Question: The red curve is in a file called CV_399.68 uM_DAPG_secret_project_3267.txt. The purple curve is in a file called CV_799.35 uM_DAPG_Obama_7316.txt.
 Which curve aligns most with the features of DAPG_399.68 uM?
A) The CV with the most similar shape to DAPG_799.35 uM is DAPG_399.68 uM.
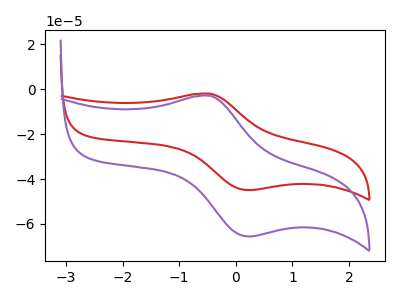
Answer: <think>The red curve "DAPG_399.68 uM" has an anodic peak at (-0.45V, -2.00uA) and a cathodic peak at (0.25V, -44.95uA). The purple curve "DAPG_799.35 uM" has an anodic peak at (-0.45V, -2.90uA) and a cathodic peak at (0.25V, -65.55uA).
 All the peaks in "DAPG_399.68 uM" have a peak in "DAPG_799.35 uM" at the same potential.</think>
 <answer>A) The CV with the most similar shape to "DAPG_799.35 uM" is "DAPG_399.68 uM".</answer>
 <eval>A</eval>